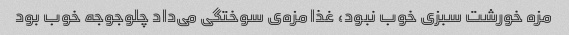
مزه خورشت سبزی خوب نبود، غذا مزه‌ی سوختگی می‌داد چلوجوجه خوب بود